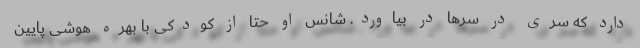
دارد که سری در سرها در بیاورد. شانس او حتا از کودکی با بهره هوشی پایین